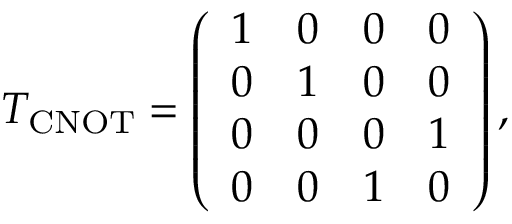
T _ { \mathrm { C N O T } } = \left( \begin{array} { l l l l } { 1 } & { 0 } & { 0 } & { 0 } \\ { 0 } & { 1 } & { 0 } & { 0 } \\ { 0 } & { 0 } & { 0 } & { 1 } \\ { 0 } & { 0 } & { 1 } & { 0 } \end{array} \right) ,